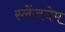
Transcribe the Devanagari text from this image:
स्लेंजनेम